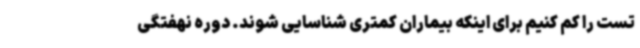
تست را کم کنیم برای اینکه بیماران کمتری شناسایی شوند. دوره نهفتگی